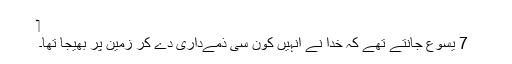
‏
7 یسوع جانتے تھے کہ خدا نے اُنہیں کون سی ذمےداری دے کر زمین پر بھیجا تھا۔